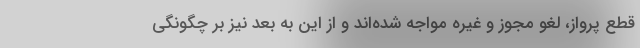
قطع پرواز، لغو مجوز و غیره مواجه شده‌اند و از این به بعد نیز بر چگونگی